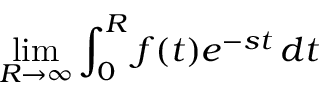
\operatorname* { l i m } _ { R \to \infty } \int _ { 0 } ^ { R } f ( t ) e ^ { - s t } \, d t